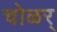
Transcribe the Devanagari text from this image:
चोळर्